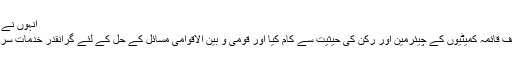
انہوں نے کہاکہ مولانا سمیع الحق دارالعلوم حقانیہ کے مہتمم
تھے، انہوں نے سینیٹ کے رکن کے طور پر مختلف قائمہ کمیٹیوں کے چیئرمین اور رکن کی حیثیت سے کام کیا اور قومی و بین الاقوامی مسائل کے حل کے لئے گرانقدر خدمات سرانجام دیں اور کئی اہم مسائل پر بھرپور تقاریر کیں۔